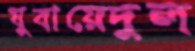
যুবায়েদুল